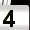
Digit: 4